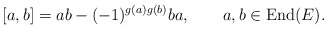
\begin{align*}[a,b]=ab-(-1)^{g(a)g(b)}ba,\qquad a,b\in {\rm End}(E).\end{align*}